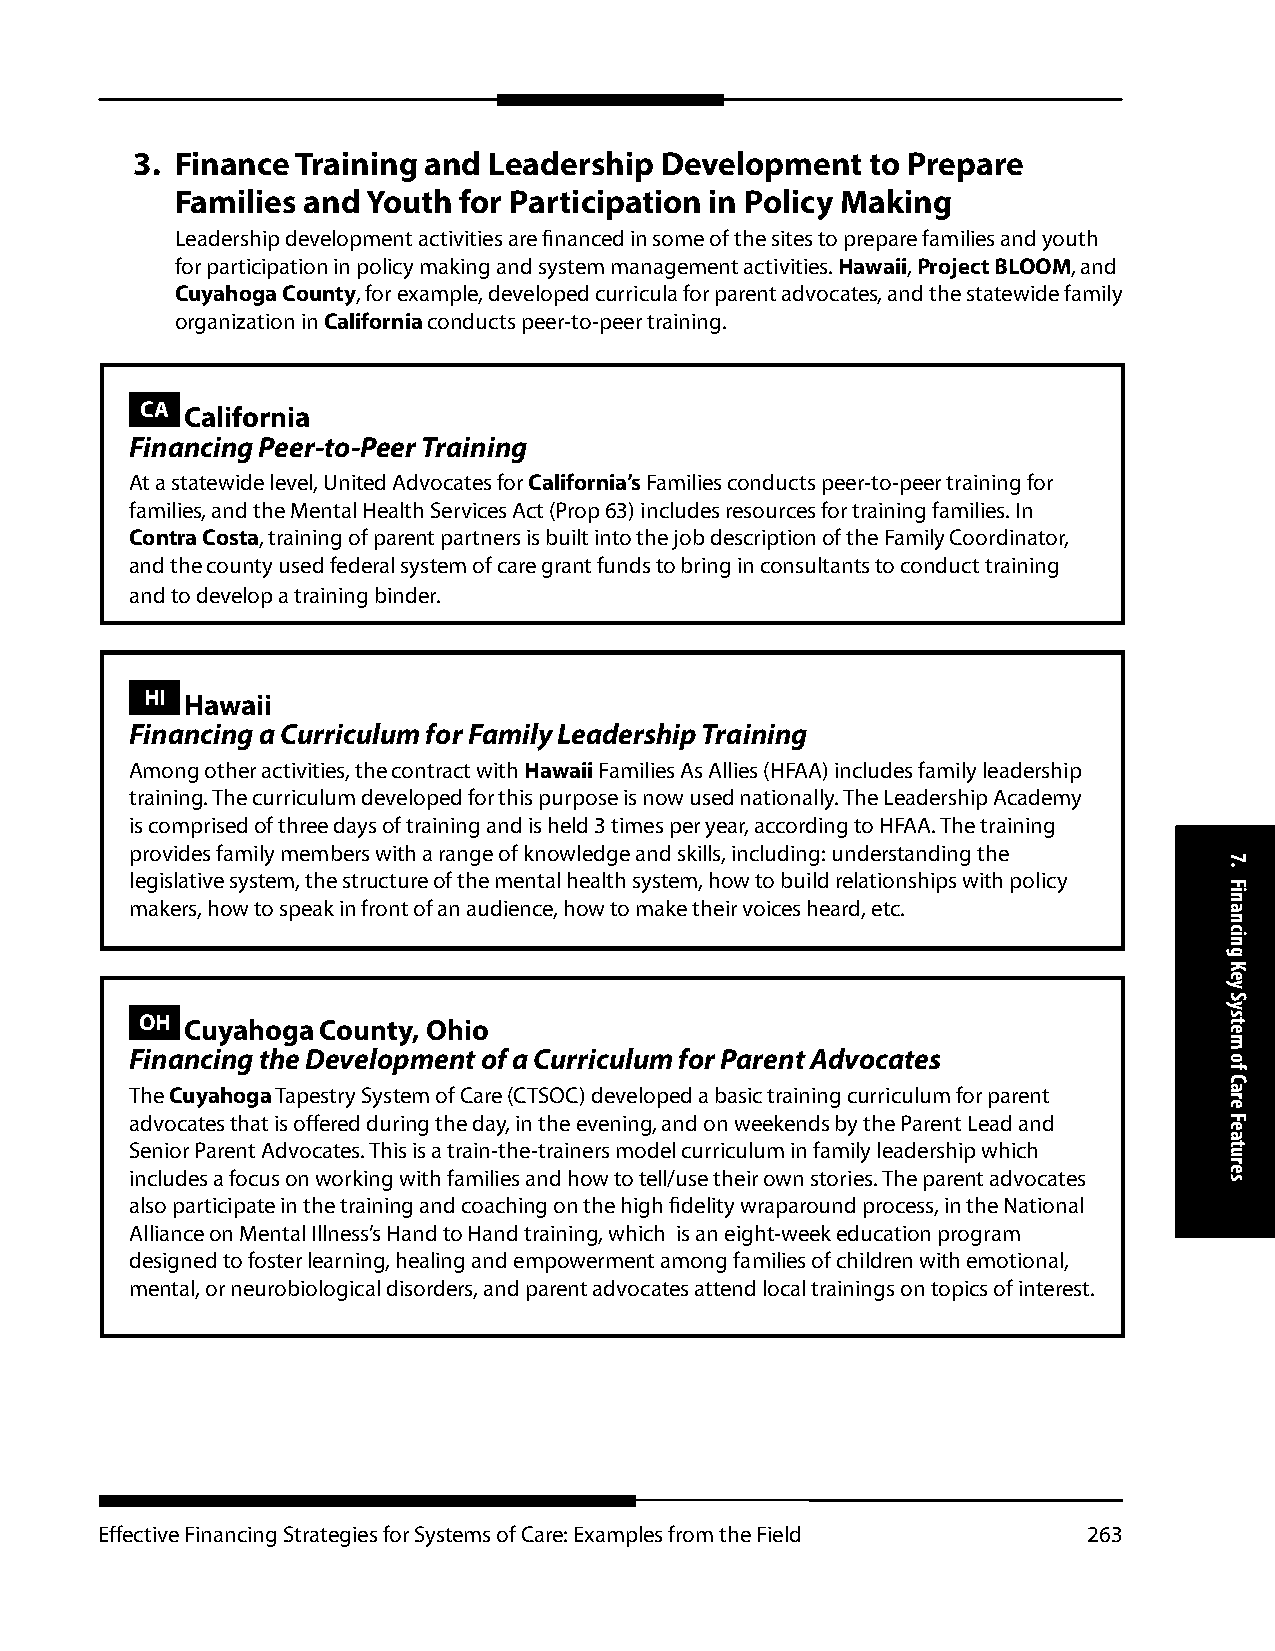
3. Finance Training and Leadership Development   to Prepare
 Families and Youth for Participation in Policy Making
 Leadership development activities are financed in some of the sites to prepare families and youth
 for participation in policy making and system management activities. Hawaii, Project BLOOM, and
 Cuyahoga County, for example, developed curricula for parent advocates, and the statewide family
 organization in California conducts peer-to-peer training.
 CA California
 Financing Peer-to-Peer Training
 At a statewide level, United Advocates for California’s Families conducts peer-to-peer training for
 families, and the Mental Health Services Act (Prop 63) includes resources for training families. In
 Contra Costa, training of parent partners is built into the job description of the Family Coordinator,
 and the county used federal system of care grant funds to bring in consultants to conduct training
 and to develop a training binder.
 HI Hawaii
 Financing a Curriculum for Family Leadership Training
 Among other activities, the contract with Hawaii Families As Allies (HFAA) includes family leadership
 training. The curriculum developed for this purpose is now used nationally. The Leadership Academy
 is comprised of three days of training and is held 3 times per year, according to HFAA. The training
 provides family members with a range of knowledge and skills, including: understanding the
 legislative system, the structure of the mental health system, how to build relationships with policy
 makers, how to speak in front of an audience, how to make their voices heard, etc.
 OH Cuyahoga County, Ohio
 Financing the Development of a Curriculum for Parent Advocates
 The Cuyahoga Tapestry System of Care (CTSOC) developed a basic training curriculum for parent
 advocates that is offered during the day, in the evening, and on weekends by the Parent Lead and
 Senior Parent Advocates. This is a train-the-trainers model curriculum in family leadership which
 includes a focus on working with families and how to tell/use their own stories. The parent advocates
 also participate in the training and coaching on the high fidelity wraparound process, in the National
 Alliance on Mental Illness’s Hand to Hand training, which is an eight-week education program
 designed to foster learning, healing and empowerment among families of children with emotional,
 mental, or neurobiological disorders, and parent advocates attend local trainings on topics of interest.
 Effective Financing Strategies for Systems of Care: Examples from the Field 263
 7.
 Financing
 Key
 System
 of
 Care
 Features